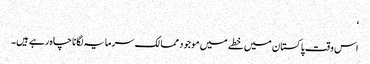
‘
اس وقت پاکستان میں خطے میں موجود ممالک سرمایہ لگانا چاہ رہے ہیں۔